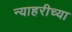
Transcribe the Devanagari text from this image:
न्याहरीच्या